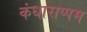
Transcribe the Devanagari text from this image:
कंधाराप्पम